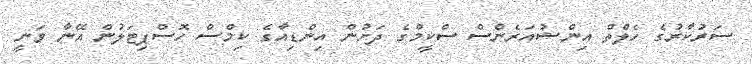
ސަރުކާރުގެ ހެލްތް އިންޝުއަރެންސް ސްކީމްގެ ދަށުން އިންޑިއާގެ ކިމްސް ހޮސްޕިޓަލުން އޭނާ ވަނީ